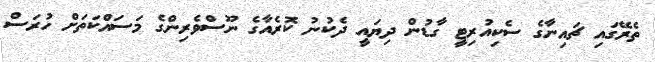
ތެރޭގައި ޗައިނާގެ ސެކިއުރިޓީ ގާޑުން ދިޔައީ ދެކުނު ކޮރެއާގެ ނޫސްވެރިންގެ މަސައްކަތަށް ހުރަސް